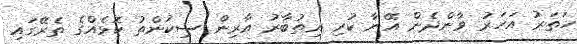
ހަތަރު އަހަރު ވާންދެން އޭނާ ކުރި އިތުބާރު އާރިން ސިކުންތު ކޮޅެއްގެ ތެރޭގައި